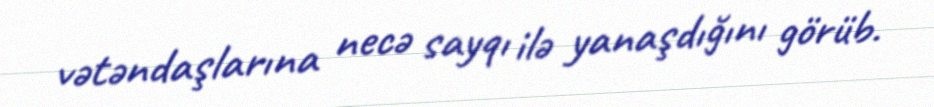
vətəndaşlarına necə sayqı ilə yanaşdığını görüb.